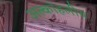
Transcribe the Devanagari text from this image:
अल्कोहलीय